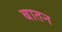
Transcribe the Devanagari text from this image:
बातन